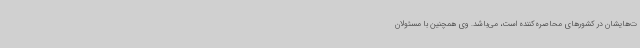
ت‌هایشان در کشورهای محاصره‌کننده است، می‌باشد. وی همچنین با مسئولان